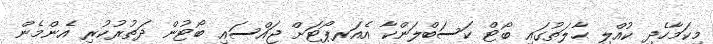
މިކަމާހެދި ކުއްލި ޙާލަތުގައި ބޯޓް ކަސަބްލަންކާ އެއަރޕޯޓަށް ޖައްސައި ބޯޓުން ދަތުރުކުރި އެންމެން